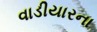
વાડીયારના